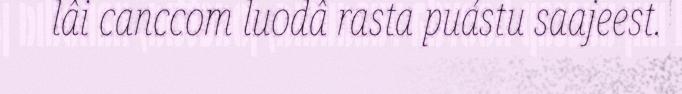
lâi canccom luodâ rasta puástu saajeest.